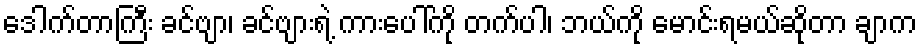
ဒေါက်တာကြီး ခင်ဗျာ၊ ခင်ဗျားရဲ့ ကားပေါ်ကို တက်ပါ၊ ဘယ်ကို မောင်းရမယ်ဆိုတာ ချာက